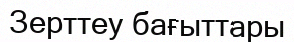
Зерттеу бағыттары